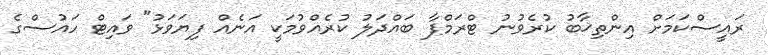
ރައީސްކަމަށް އިންތިޚާބު ކުރެވުނު ޓްރަމްޕާ ބައްދަލު ކުރެއްވުމަކީ އަނެއް ފިޔަވަޅު" ވައިޓް ހައުސްގެ